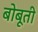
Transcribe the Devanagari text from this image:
बोबूती